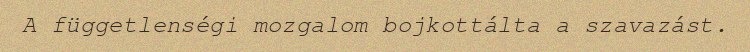
A függetlenségi mozgalom bojkottálta a szavazást.